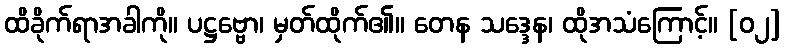
ထိခိုက်ရာအခါကို။ ပဋ္ဌဗ္ဗော၊ မှတ်ထိုက်၏။ တေန သဒ္ဒေန၊ ထိုအသံကြောင့်။ [၀၂]